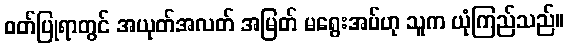
ဝတ်ပြုရာတွင် အယုတ်အလတ် အမြတ် မရွေးအပ်ဟု သူက ယုံကြည်သည်။